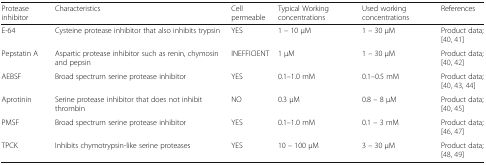
<table><thead><tr><td><b>Protease inhibitor</b></td><td><b>Characteristics</b></td><td><b>Cell permeable</b></td><td><b>Typical Working concentrations</b></td><td><b>Used working concentrations</b></td><td><b>References</b></td></tr></thead><tbody><tr><td>E-64</td><td>Cysteine protease inhibitor that also inhibits trypsin</td><td>YES</td><td>1 – 10 μM</td><td>1 – 30 μM</td><td>Product data; [40, 41]</td></tr><tr><td>Pepstatin A</td><td>Aspartic protease inhibitor such as renin, chymosin and pepsin</td><td>INEFFICIENT</td><td>1 μM</td><td>1 – 30 μM</td><td>Product data; [40, 42]</td></tr><tr><td>AEBSF</td><td>Broad spectrum serine protease inhibitor</td><td>YES</td><td>0.1–1.0 mM</td><td>0.1–0.5 mM</td><td>Product data; [40, 43, 44]</td></tr><tr><td>Aprotinin</td><td>Serine protease inhibitor that does not inhibit thrombin</td><td>NO</td><td>0.3 μM</td><td>0.8 – 8 μM</td><td>Product data; [40, 45]</td></tr><tr><td>PMSF</td><td>Broad spectrum serine protease inhibitor</td><td>YES</td><td>0.1–1.0 mM</td><td>0.1 – 3 mM</td><td>Product data; [46, 47]</td></tr><tr><td>TPCK</td><td>Inhibits chymotrypsin-like serine proteases</td><td>YES</td><td>10 – 100 μM</td><td>3 – 30 μM</td><td>Product data; [48, 49]</td></tr></tbody></table>